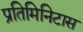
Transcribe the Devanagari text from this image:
प्रतिमिनिटास